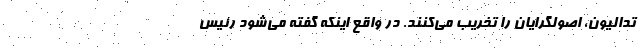
تدالیون، اصولگرایان را تخریب می‌کنند. در واقع اینکه گفته می‌شود رئیس